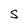
Character: S